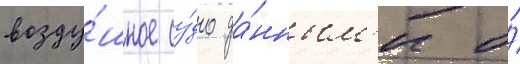
возду́шное су́дно да́нным'и о́